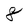
Character: 8